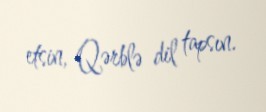
etsin, Qərblə dil tapsın.